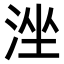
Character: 𣴶